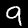
Digit: 9